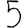
Digit: 5